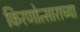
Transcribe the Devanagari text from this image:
किरणोत्साराच्या